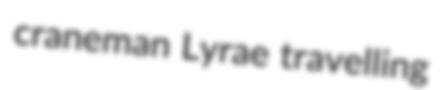
craneman Lyrae travelling